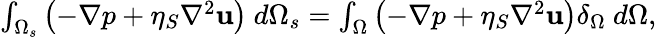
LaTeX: \begin{array}{r}{\int_{\Omega_{s}}\left(-\nabla p+\eta_{S}\nabla^{2}\textbf{u}\right)~d\Omega_{s}=\int_{\Omega}\left(-\nabla p+\eta_{S}\nabla^{2}\textbf{u}\right)\delta_{\Omega}~d\Omega,}\end{array}